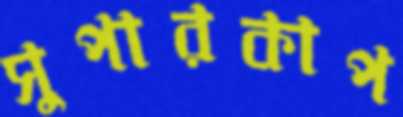
সুপারকাপ